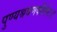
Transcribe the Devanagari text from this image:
पुण्यश्रवणकीर्तनः।।